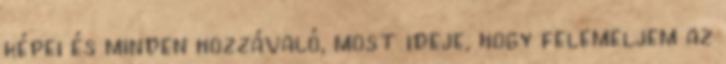
képei és minden hozzávaló, most ideje, hogy felemeljem az